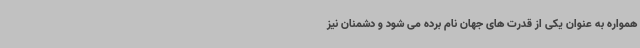
همواره به عنوان یکی از قدرت های جهان نام برده می شود و دشمنان نیز